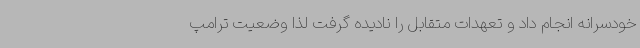
خودسرانه انجام داد و تعهدات متقابل را نادیده گرفت لذا وضعیت ترامپ